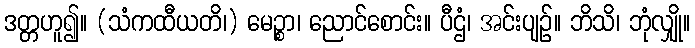
ဒတ္တဟူ၍။ (သံကထီယတိ၊) မေဉ္စာ၊ ညောင်စောင်း။ ပီဌံ၊ အင်းပျဉ်။ ဘိသိ၊ ဘုံလျှို။